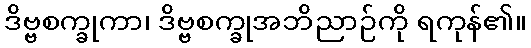
ဒိဗ္ဗစက္ခုကာ၊ ဒိဗ္ဗစက္ခုအဘိညာဉ်ကို ရကုန်၏။